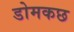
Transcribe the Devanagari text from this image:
डोमकछ